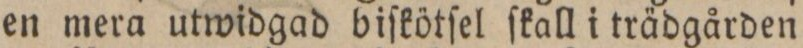
en mera utwidgad biſkötſel ſkall i trädgården